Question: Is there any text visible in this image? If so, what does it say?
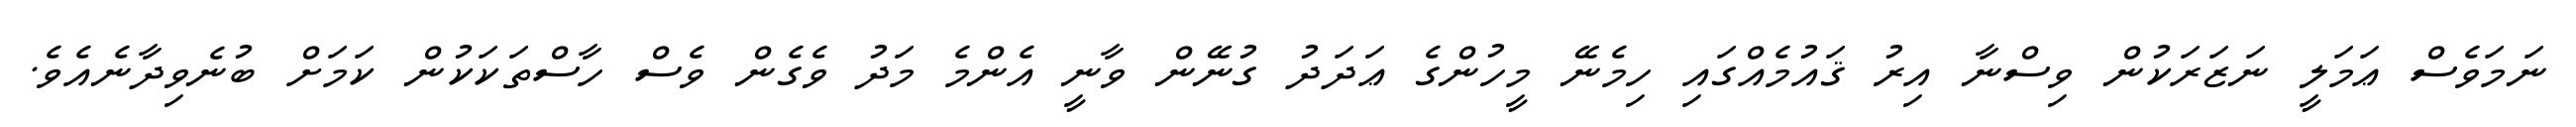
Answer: ނަމަވެސް ޢަމަލީ ނަޒަރަކުން ވިސްނާ އިރު ޤައުމެއްގައި ހިމެނޭ މީހުންގެ ޢަދަދު ގުނޭން ވާނީ އެންމެ މަދު ވެގެން ވެސް ހާސްތަކަކުން ކަމަށް ބުނެވިދާނެއެވެ.